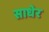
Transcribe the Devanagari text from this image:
साधेर